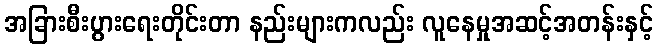
အခြားစီးပွားရေးတိုင်းတာ နည်းများကလည်း လူနေမှုအဆင့်အတန်းနှင့်